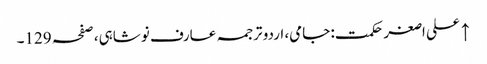
↑ علی اصغر حکمت: جامی، اردو ترجمہ عارف نوشاہی، صفحہ 129۔